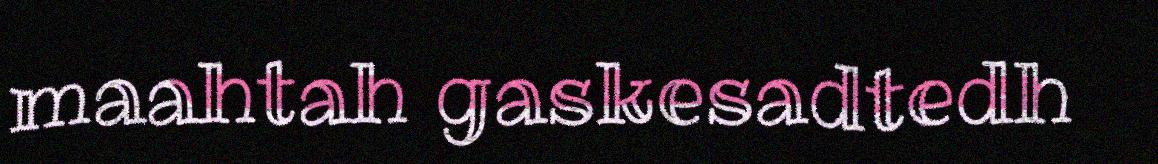
maahtah gaskesadtedh